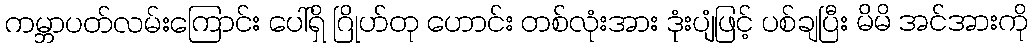
ကမ္ဘာပတ်လမ်းကြောင်း ပေါ်ရှိ ဂြိုဟ်တု ဟောင်း တစ်လုံးအား ဒုံးပျံဖြင့် ပစ်ချပြီး မိမိ အင်အားကို